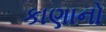
કાણાનો